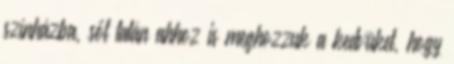
színházba, sőt talán ahhoz is meghozzuk a kedvüket, hogy